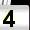
Digit: 4